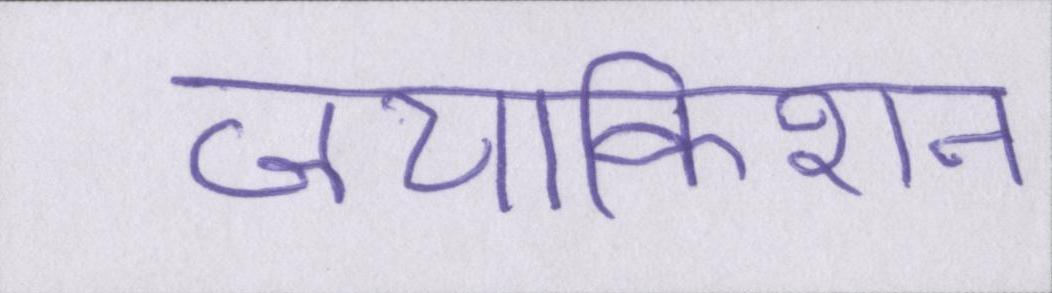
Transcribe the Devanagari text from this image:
जयकिशन